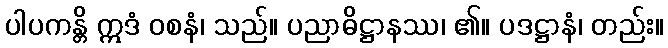
ပါပကန္တိ ဣဒံ ဝစနံ၊ သည်။ ပညာဓိဋ္ဌာနဿ၊ ၏။ ပဒဋ္ဌာနံ၊ တည်း။